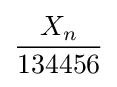
{\frac {X_{n}}{134456}}